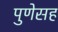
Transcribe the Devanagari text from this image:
पुणेसह